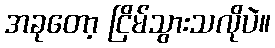
အခုတော့ ငြိမ်သွားသလိုပဲ။